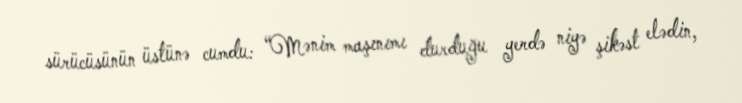
sürücüsünün üstünə cumdu: “Mənim maşınımı durduğu yerdə niyə şikəst elədin,